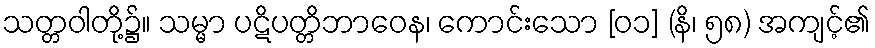
သတ္တဝါတို့၌။ သမ္မာ ပဋိပတ္တိဘာဝေန၊ ကောင်းသော [၀၁] (နိ၊ ၅၈) အကျင့်၏